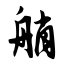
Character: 艄